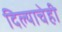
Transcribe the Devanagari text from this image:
दिल्याचेही